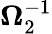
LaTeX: \boldsymbol{\Omega}_{2}^{-1}